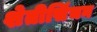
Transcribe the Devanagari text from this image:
शेतीसिंचन